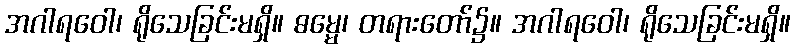
အဂါရဝေါ၊ ရိုသေခြင်းမရှိ။ ဓမ္မေ၊ တရားတော်၌။ အဂါရဝေါ၊ ရိုသေခြင်းမရှိ။